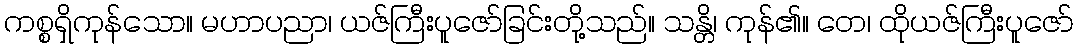
ကစ္စရှိကုန်သော။ မဟာပညာ၊ ယဇ်ကြီးပူဇော်ခြင်းတို့သည်။ သန္တိ၊ ကုန်၏။ တေ၊ ထိုယဇ်ကြီးပူဇော်